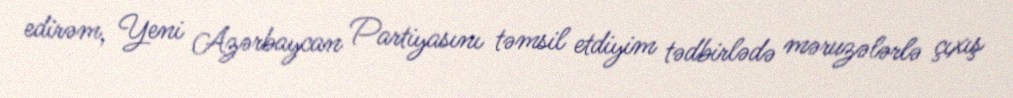
edirəm, Yeni Azərbaycan Partiyasını təmsil etdiyim tədbirlədə məruzələrlə çıxış